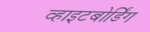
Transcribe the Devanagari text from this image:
व्हाइटबोर्डिंग